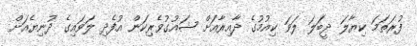
ފުރަތަމަ ކިޔާލަ ދީބަލަ ލަވަ ކިއުމުގެ ދާއިރާއަށް ޝައުގުވެރިކަން އުފެދި ލަވައިގެ ދުނިޔެއަށް